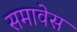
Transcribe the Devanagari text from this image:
समावेस